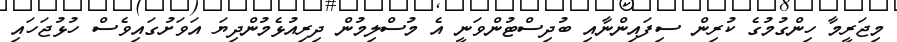
މިޖަރީމާ ހިންގުމުގެ ކުރިން ސިފައިންނާއި ބުދިސްޓުންވަނީ އެ މުސްލިމުން ދިރިއުޅެމުންދިޔަ އަވަށުގައިވެސް ހުޅުޖަހައި